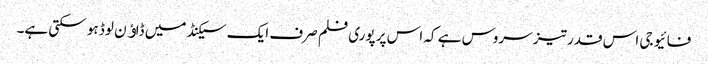
فائیو جی اس قدر تیز سروس ہے کہ اس پر پوری فلم صرف ایک سیکنڈ میں ڈاﺅن لوڈ ہو سکتی ہے۔